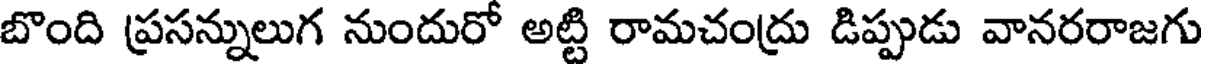
బొంది ప్రసన్నులుగ నుందురో అట్టి రామచంద్రు డిప్పుడు వానరరాజగు